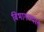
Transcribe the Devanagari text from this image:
विभागण्यात्